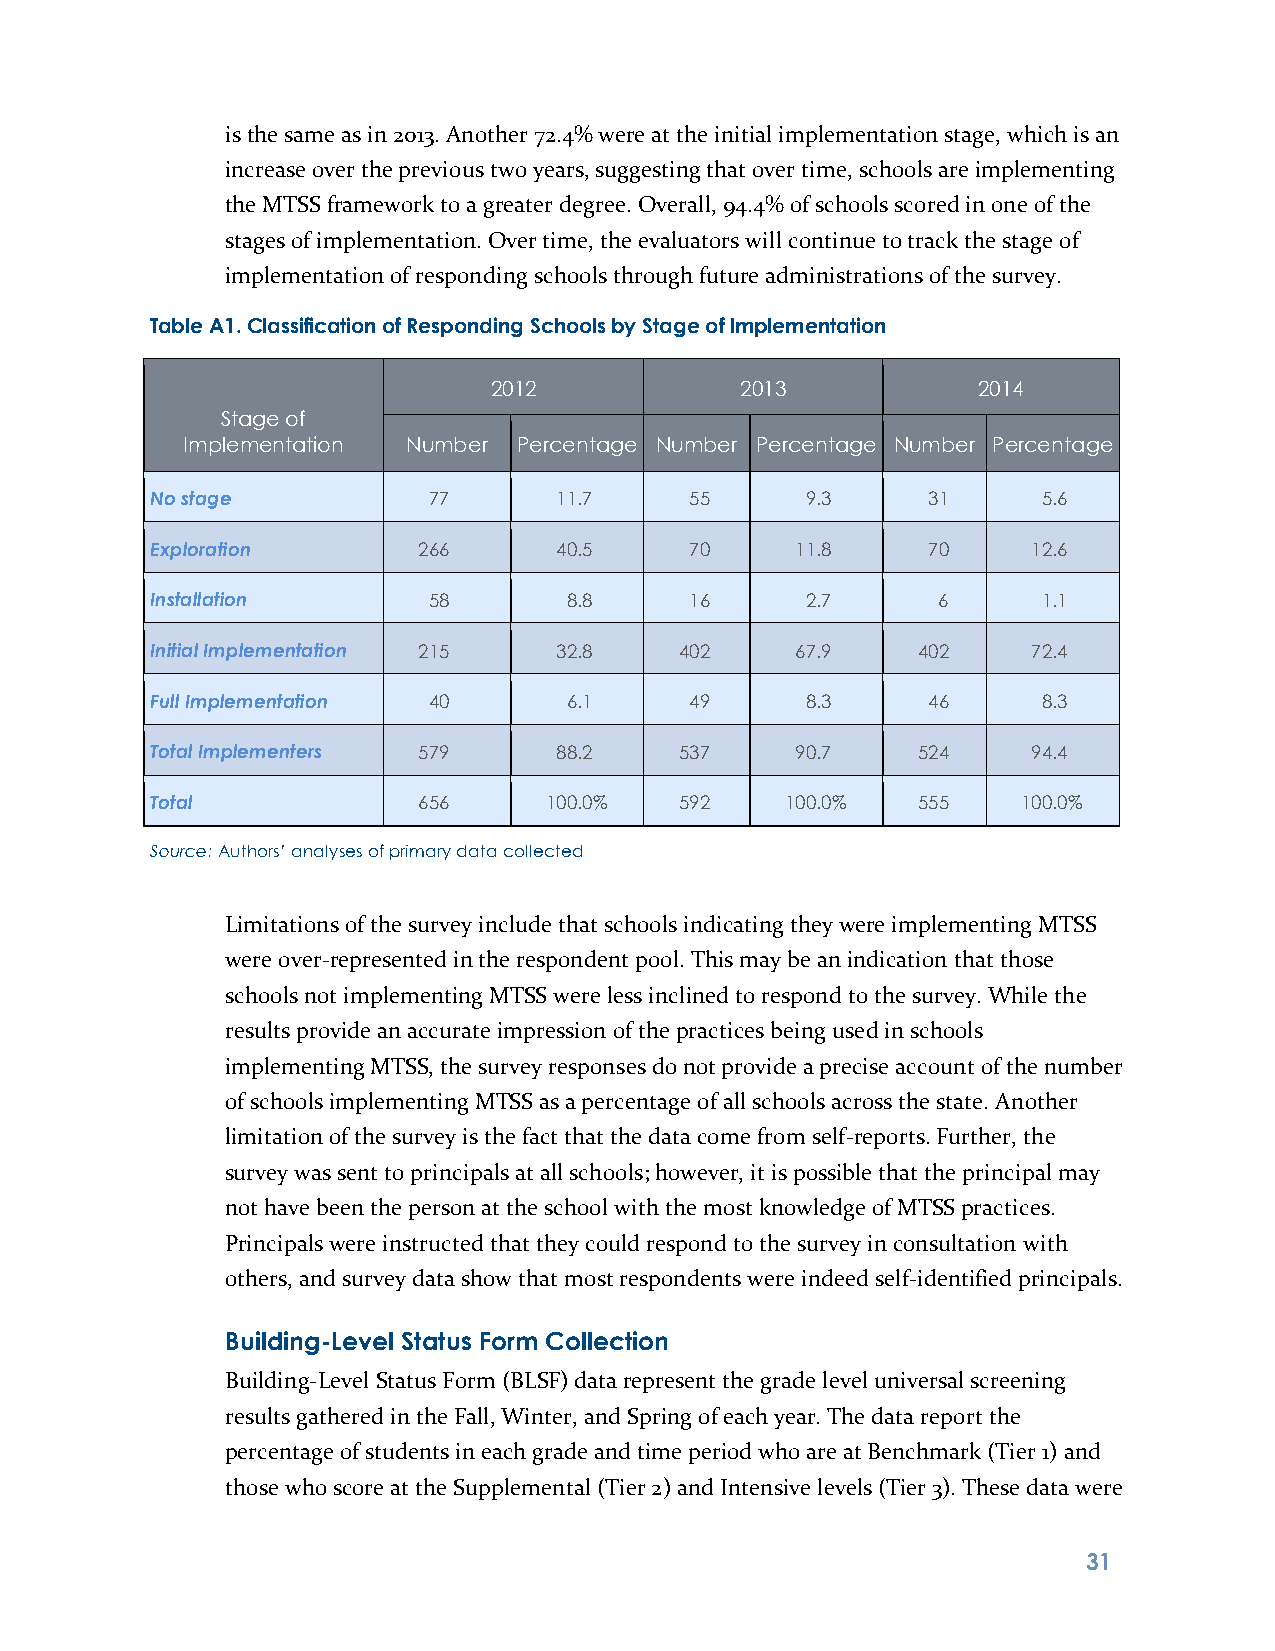
is the same as in 2013. Another 72.4% were at the initial implementation stage, which is an
 increase over the previous two years, suggesting that over time, schools are implementing
 the MTSS framework to a greater degree. Overall, 94.4% of schools scored in one of the
 stages of implementation. Over time, the evaluators will continue to track the stage of
 implementation of responding schools through future administrations of the survey.
 Table A1. Classification of Responding Schools by Stage of Implementation
 2012             2013            2014
 Stage of
 Implementation Number Percentage Number Percentage Number Percentage
 No stage          77       11.7     55     9.3     31      5.6
 Exploration       266      40.5     70     11.8    70     12.6
 Installation      58        8.8     16     2.7      6      1.1
 Initial Implementation 215 32.8    402     67.9    402    72.4
 Full Implementation 40      6.1     49     8.3     46      8.3
 Total Implementers 579     88.2    537     90.7    524    94.4
 Total             656     100.0%   592    100.0%   555    100.0%
 Source: Authors’ analyses of primary data collected
 Limitations of the survey include that schools indicating they were implementing MTSS
 were over-represented in the respondent pool. This may be an indication that those
 schools not implementing MTSS were less inclined to respond to the survey. While the
 results provide an accurate impression of the practices being used in schools
 implementing MTSS, the survey responses do not provide a precise account of the number
 of schools implementing MTSS as a percentage of all schools across the state. Another
 limitation of the survey is the fact that the data come from self-reports. Further, the
 survey was sent to principals at all schools; however, it is possible that the principal may
 not have been the person at the school with the most knowledge of MTSS practices.
 Principals were instructed that they could respond to the survey in consultation with
 others, and survey data show that most respondents were indeed self-identified principals.
 Building-Level Status Form Collection
 Building-Level Status Form (BLSF) data represent the grade level universal screening
 results gathered in the Fall, Winter, and Spring of each year. The data report the
 percentage of students in each grade and time period who are at Benchmark (Tier 1) and
 those who score at the Supplemental (Tier 2) and Intensive levels (Tier 3). These data were
 3 1